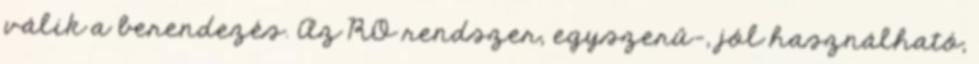
válik a berendezés. Az RO rendszer, egyszerű-, jól használható,